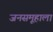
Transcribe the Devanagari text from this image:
जनसमूहाला